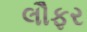
લૌફર